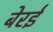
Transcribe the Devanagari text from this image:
बेरई